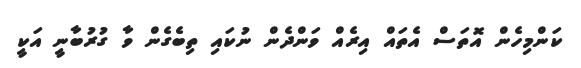
ކަންމިހެން އޮތަސް އެތައް އިރެއް ވަންދެން ނުކައި ތިބެގެން ވާ ގުރުބާނީ އަކީ